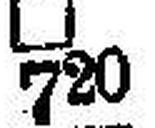
□ 720